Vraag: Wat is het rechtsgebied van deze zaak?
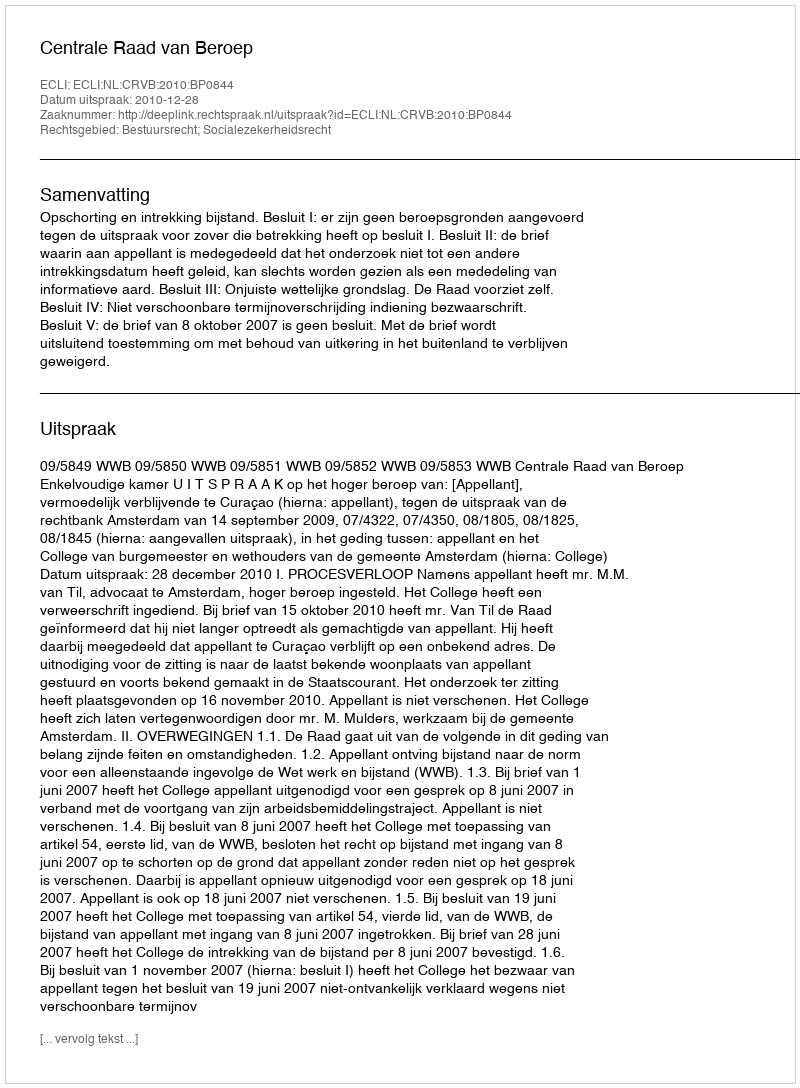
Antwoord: Bestuursrecht; Socialezekerheidsrecht